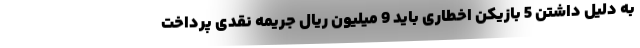
به دلیل داشتن 5 بازیکن اخطاری باید 9 میلیون ریال جریمه نقدی پرداخت